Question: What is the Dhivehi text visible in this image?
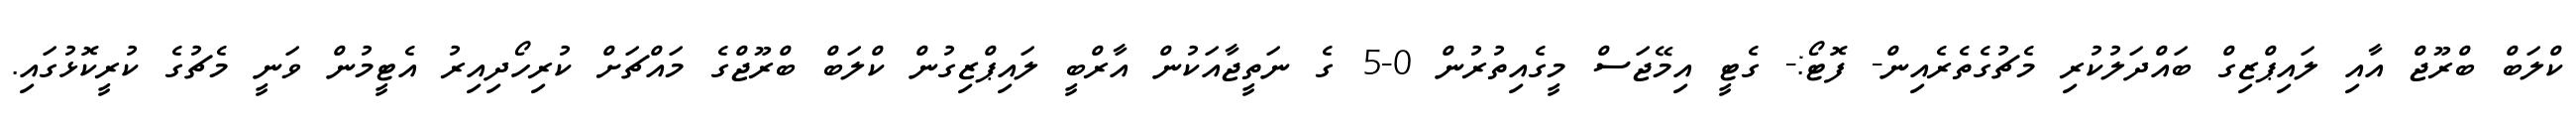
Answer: ކްލަބް ބްރޫޖް އާއި ލައިޕްޒިގް ބައްދަލުކުރި މެޗުގެތެރެއިން- ފޮޓޯ:- ގެޓީ އިމޭޖަސް މީގެއިތުރުން 0-5 ގެ ނަތީޖާއަކުން އާރްބީ ލައިޕްޒިގުން ކްލަބް ބްރޫޖްގެ މައްޗަށް ކުރިހޯދިއިރު އެޓީމުން ވަނީ މެޗުގެ ކުރީކޮޅުގައި.